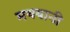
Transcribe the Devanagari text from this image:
मथयानी